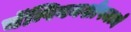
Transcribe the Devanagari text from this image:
चॅम्पियनशीपमध्ये